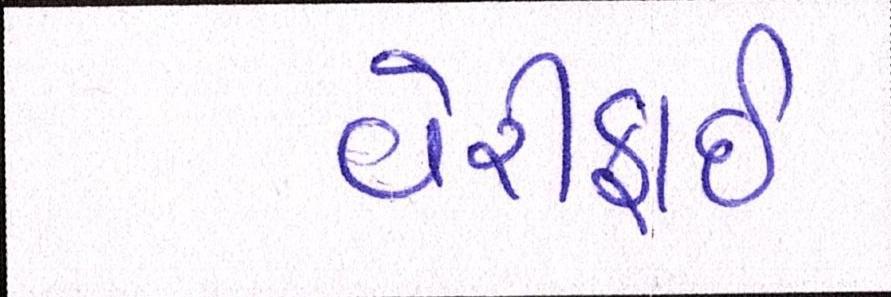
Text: વેરીફાઈ